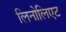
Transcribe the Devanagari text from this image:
लिनोलिएट